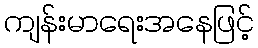
ကျန်းမာရေးအနေဖြင့်